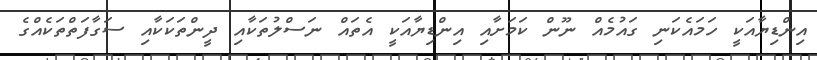
އިންޑިޔާއަކީ ހަމައެކަނި ގައުމެއް ނޫން ކަމަށާއި އިންޑިޔާއަކީ އެތައް ނަސްލުތަކާއި ދީންތަކަކާއި ސަގާފަތްތަކެއްގެ